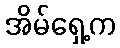
အိမ်ရှေ့က